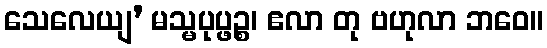
သေလေယျ’ မသ္မပုပ္ဖဉ္စ၊ ဧလာ တု ဗဟုလာ ဘဝေ။